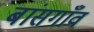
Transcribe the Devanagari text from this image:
बांसगाँव